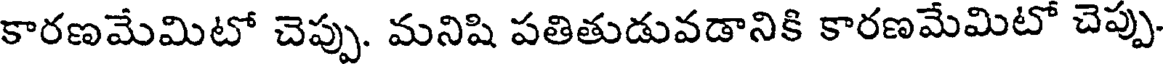
కారణమేమిటో చెప్పు. మనిషి పతితుడువడానికి కారణమేమిటో చెప్పు